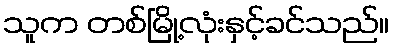
သူက တစ်မြို့လုံးနှင့်ခင်သည်။